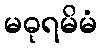
မဓုရမိမံ